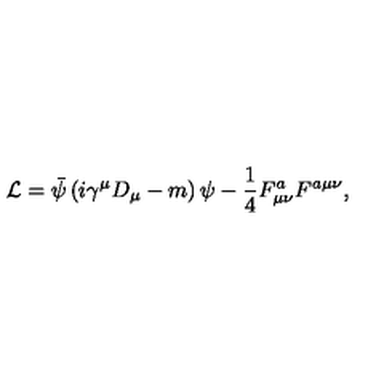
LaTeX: { \cal L } = \bar { \psi } \left( i \gamma ^ { \mu } D _ { \mu } - m \right) \psi - { \frac { 1 } { 4 } } F _ { \mu \nu } ^ { a } F ^ { a \mu \nu } ,